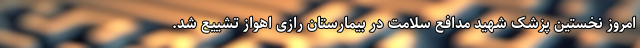
امروز نخستین پزشک شهید مدافع سلامت در بیمارستان رازی اهواز تشییع شد.